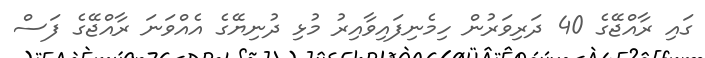
ގައި ރާއްޖޭގެ 40 ދަރިވަރުން ހިމެނިފައިވާއިރު މުޅި ދުނިޔޭގެ އެއްވަނަ ރާއްޖޭގެ ފަސް